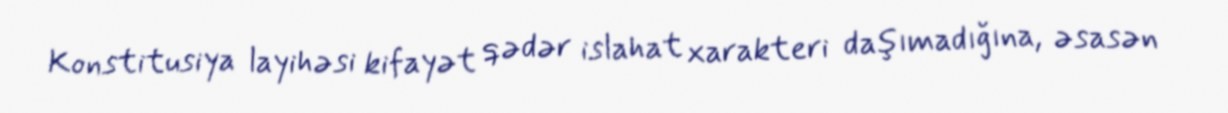
Konstitusiya layihəsi kifayət qədər islahat xarakteri daşımadığına, əsasən